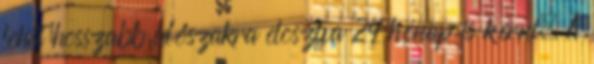
lehet hosszabb időszakra elosztva 24 hónap is kérni. A